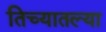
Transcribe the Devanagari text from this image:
तिच्यातल्या